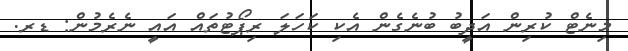
މިނެޓް ކުރިން އަދީބު ބުނެގެން އެކި ކަހަލަ ރިޕޯޓުތައް އައީ ނެރެމުން: ޑރ.